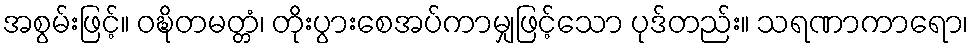
အစွမ်းဖြင့်။ ဝဍ္ဎိတမတ္တံ၊ တိုးပွားစေအပ်ကာမျှဖြင့်သော ပုဒ်တည်း။ သရဏာကာရော၊